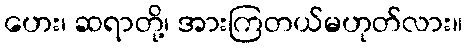
ဟေး၊ ဆရာတို့၊ အားကြတယ်မဟုတ်လား။